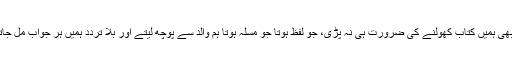
کبھی ہمیں کتاب کھولنے کی ضرورت ہی نہ پڑی، جو لفظ ہوتا جو مسلہ ہوتا ہم والد سے پوچھ لیتے اور بلا تردد ہمیں ہر جواب مل جاتا۔